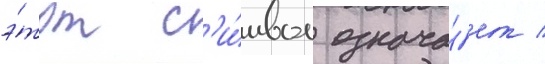
э́тот с'и́мвол означа́ет /